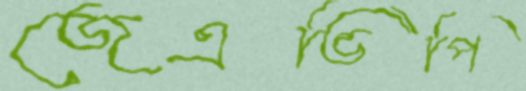
জেএভিপি